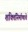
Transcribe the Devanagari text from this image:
शक्तिनिर्माणाचे